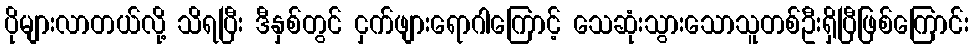
ပိုများလာတယ်လို့ သိရပြီး ဒီနှစ်တွင် ငှက်ဖျားရောဂါကြောင့် သေဆုံးသွားသောသူတစ်ဦးရှိပြီဖြစ်ကြောင်း